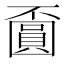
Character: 𡈯